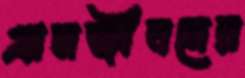
গ্রামজীবনের